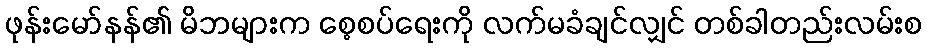
ဖုန်းမော်နန်၏ မိဘများက စေ့စပ်ရေးကို လက်မခံချင်လျှင် တစ်ခါတည်းလမ်းစ